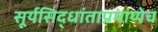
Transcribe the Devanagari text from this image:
सूर्यसिद्धांताप्रमाणेच